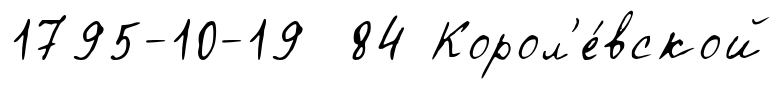
1795-10-19 84 Корол'е́вской